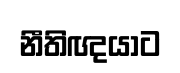
නීතිඥයාට